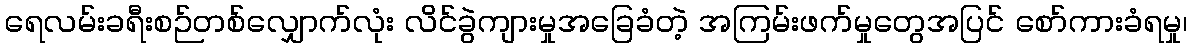
ရေလမ်းခရီးစဉ်တစ်လျှောက်လုံး လိင်ခွဲကျားမှုအခြေခံတဲ့ အကြမ်းဖက်မှုတွေအပြင် စော်ကားခံရမှု၊